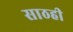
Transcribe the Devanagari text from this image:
साठही